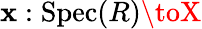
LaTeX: \mathbf{x}:{\mathrm{{Spec}}}(R)\toX